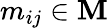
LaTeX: m_{ij}\in\textbf{M}